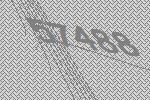
57488